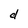
Character: d